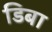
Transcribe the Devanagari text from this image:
डिबा